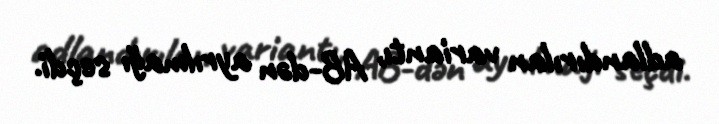
adlandırılan variantı, AB-dən ayrılmağı seçdi.